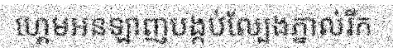
ហ្គេមអនឡាញបង្កប់ល្បែងភ្នាល់រីក